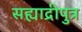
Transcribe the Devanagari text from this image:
सह्याद्रीपुत्र